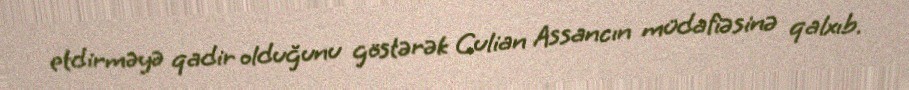
etdirməyə qadir olduğunu göstərək Culian Assancın müdafiəsinə qalxıb.